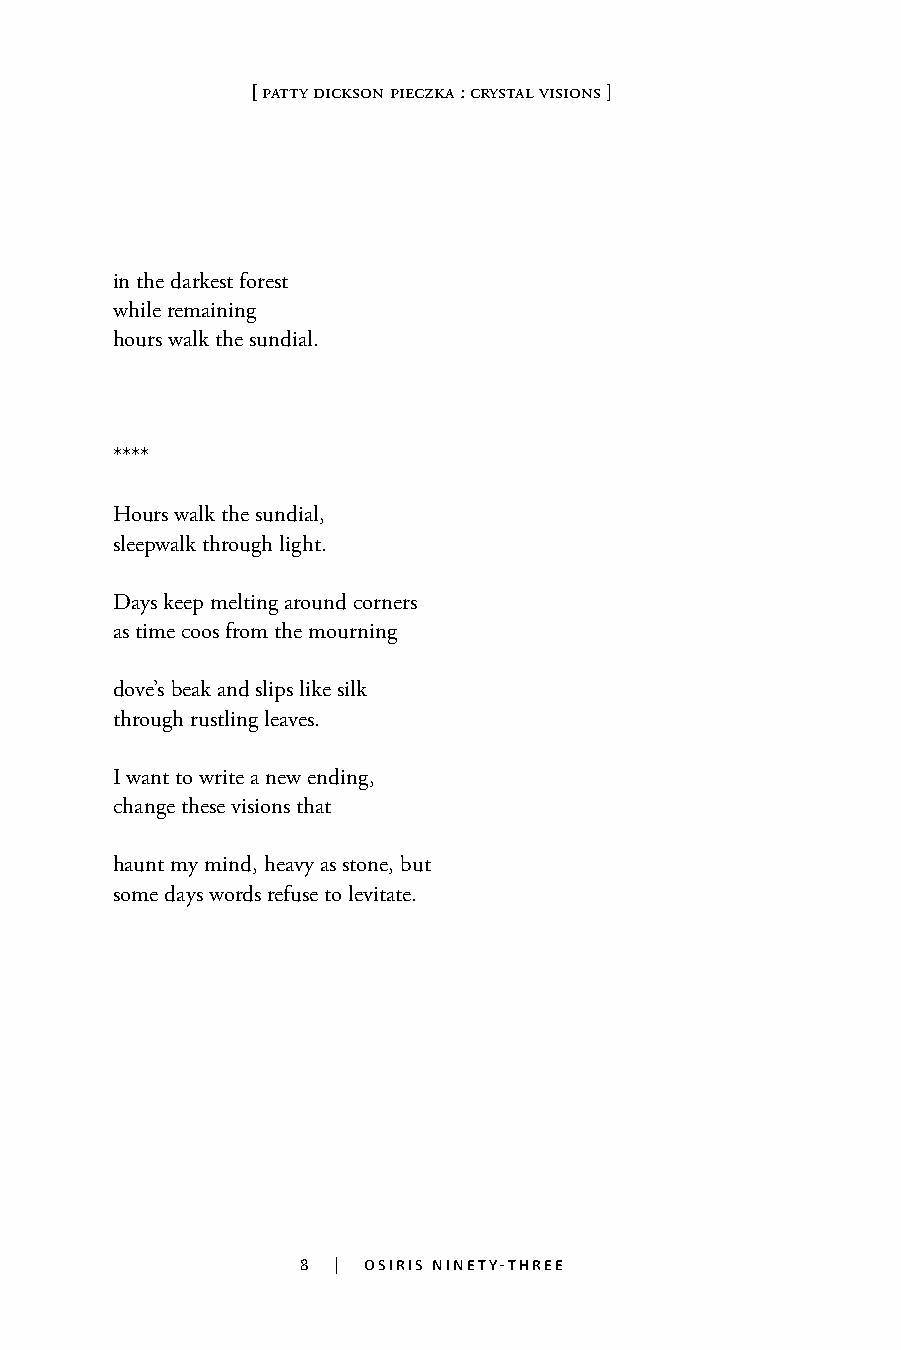
[ patty dickson pieczka : crystal visions ]
 in the darkest forest
 while remaining
 hours walk the sundial.
 ****
 Hours walk the sundial,
 sleepwalk through light.
 Days keep melting around corners
 as time coos from the mourning
 dove’s beak and slips like silk
 through rustling leaves.
 I want to write a new ending,
 change these visions that
 haunt my mind, heavy as stone, but
 some days words refuse to levitate.
 8 | osiris ninety-three